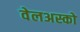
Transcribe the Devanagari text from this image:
वेलअस्को